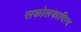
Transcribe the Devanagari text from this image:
सकोलकादित्य